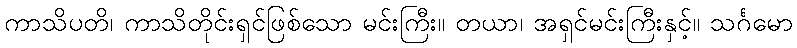
ကာသိပတိ၊ ကာသိတိုင်းရှင်ဖြစ်သော မင်းကြီး။ တယာ၊ အရှင်မင်းကြီးနှင့်။ သင်္ဂမော